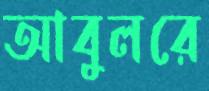
আবুলরে